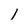
Character: 1